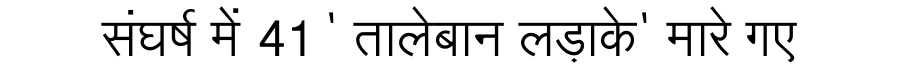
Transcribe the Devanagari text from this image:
संघर्ष में 41 ' तालेबान लड़ाके' मारे गए